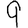
Digit: 9